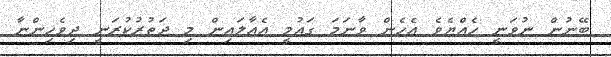
ބޭނުން ނުވަނީ ހެއްޔެވެ އެހެން ވާނަމަ ގައުމީ އެއާލައިން މި ދަތުރުކުރަނީ ދިވެހިންނާ